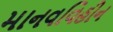
માનવવિહીન